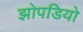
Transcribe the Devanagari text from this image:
झोपडियो